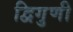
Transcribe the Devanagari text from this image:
द्विगुणी